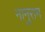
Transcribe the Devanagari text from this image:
नानुराम